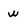
Character: W